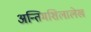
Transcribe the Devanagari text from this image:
अन्तिमशिलालेख